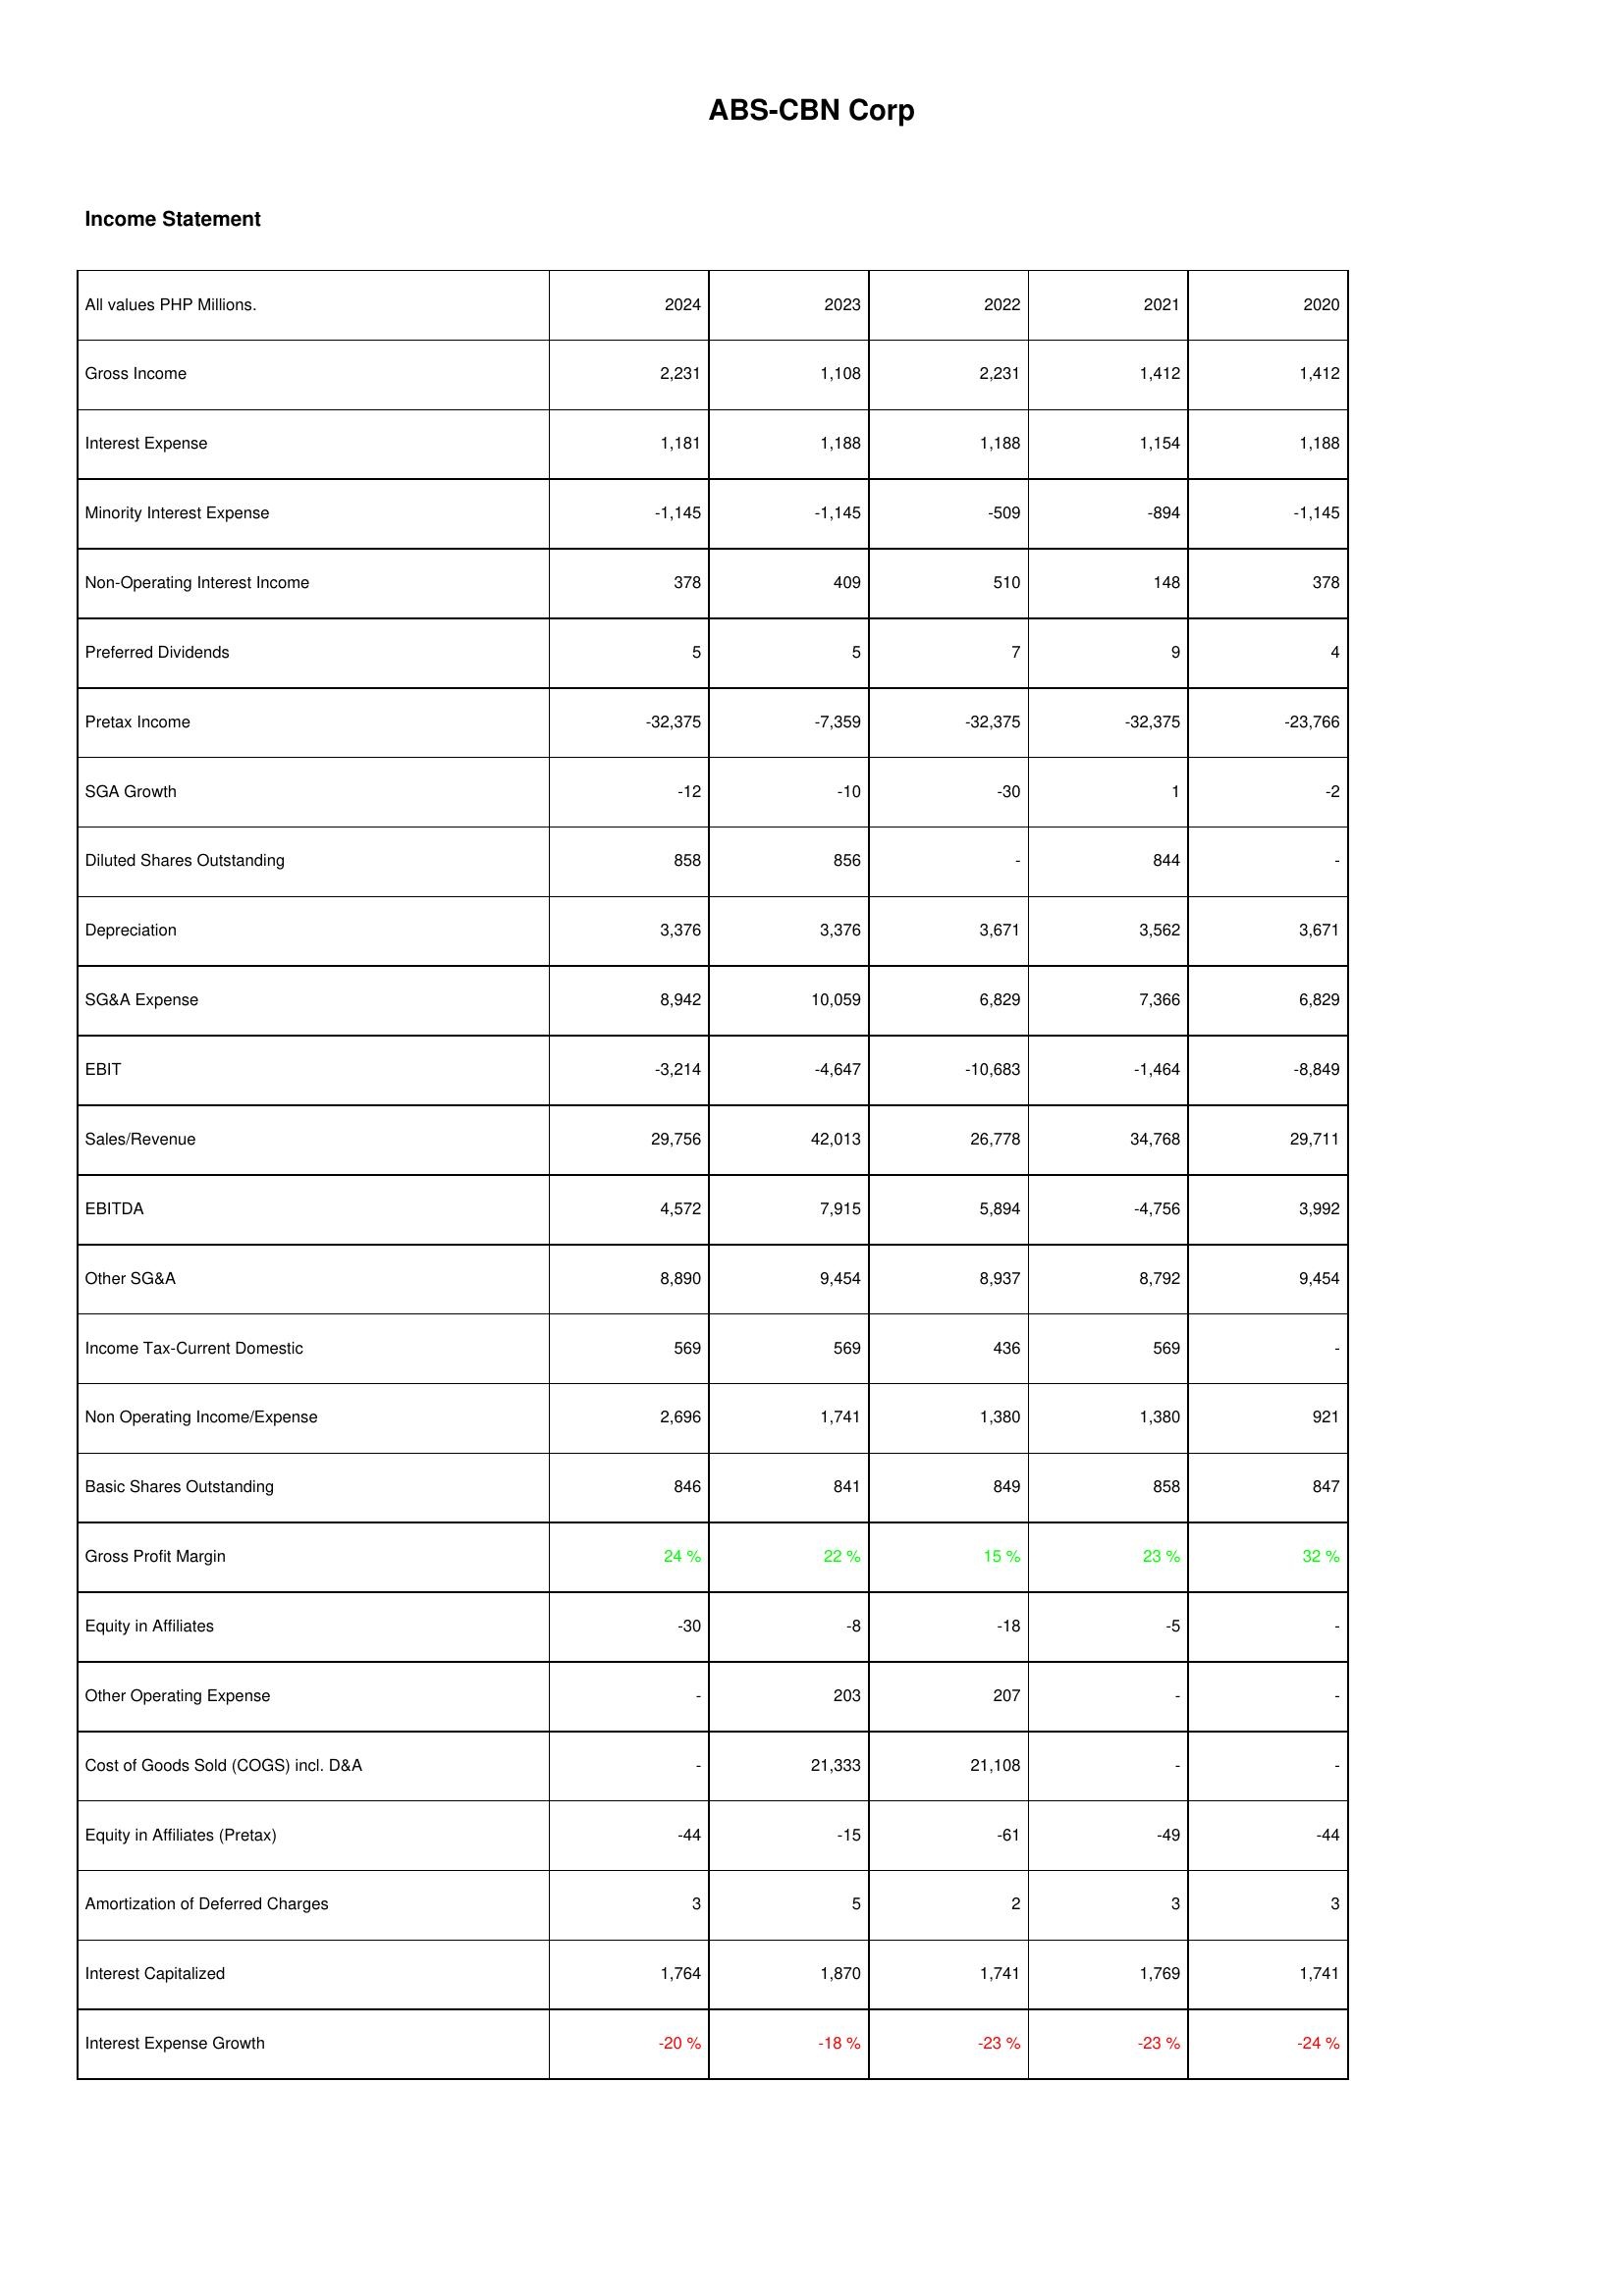
2024: Income Statement: Gross Income: 2,231
Interest Expense: 1,181
Minority Interest Expense: -1,145
Non-Operating Interest Income: 378
Preferred Dividends: 5
Pretax Income: -32,375
SGA Growth: -12
Diluted Shares Outstanding: 858
Depreciation: 3,376
SG&A Expense: 8,942
EBIT: -3,214
Sales/Revenue: 29,756
EBITDA: 4,572
Other SG&A: 8,890
Income Tax-Current Domestic: 569
Non Operating Income/Expense: 2,696
Basic Shares Outstanding: 846
Gross Profit Margin: 24 %
Equity in Affiliates: -30
Other Operating Expense: -
Cost of Goods Sold (COGS) incl. D&A: -
Equity in Affiliates (Pretax): -44
Amortization of Deferred Charges: 3
Interest Capitalized: 1,764
Interest Expense Growth: -20 %
2023: Income Statement: Gross Income: 1,108
Interest Expense: 1,188
Minority Interest Expense: -1,145
Non-Operating Interest Income: 409
Preferred Dividends: 5
Pretax Income: -7,359
SGA Growth: -10
Diluted Shares Outstanding: 856
Depreciation: 3,376
SG&A Expense: 10,059
EBIT: -4,647
Sales/Revenue: 42,013
EBITDA: 7,915
Other SG&A: 9,454
Income Tax-Current Domestic: 569
Non Operating Income/Expense: 1,741
Basic Shares Outstanding: 841
Gross Profit Margin: 22 %
Equity in Affiliates: -8
Other Operating Expense: 203
Cost of Goods Sold (COGS) incl. D&A: 21,333
Equity in Affiliates (Pretax): -15
Amortization of Deferred Charges: 5
Interest Capitalized: 1,870
Interest Expense Growth: -18 %
2022: Income Statement: Gross Income: 2,231
Interest Expense: 1,188
Minority Interest Expense: -509
Non-Operating Interest Income: 510
Preferred Dividends: 7
Pretax Income: -32,375
SGA Growth: -30
Diluted Shares Outstanding: -
Depreciation: 3,671
SG&A Expense: 6,829
EBIT: -10,683
Sales/Revenue: 26,778
EBITDA: 5,894
Other SG&A: 8,937
Income Tax-Current Domestic: 436
Non Operating Income/Expense: 1,380
Basic Shares Outstanding: 849
Gross Profit Margin: 15 %
Equity in Affiliates: -18
Other Operating Expense: 207
Cost of Goods Sold (COGS) incl. D&A: 21,108
Equity in Affiliates (Pretax): -61
Amortization of Deferred Charges: 2
Interest Capitalized: 1,741
Interest Expense Growth: -23 %
2021: Income Statement: Gross Income: 1,412
Interest Expense: 1,154
Minority Interest Expense: -894
Non-Operating Interest Income: 148
Preferred Dividends: 9
Pretax Income: -32,375
SGA Growth: 1
Diluted Shares Outstanding: 844
Depreciation: 3,562
SG&A Expense: 7,366
EBIT: -1,464
Sales/Revenue: 34,768
EBITDA: -4,756
Other SG&A: 8,792
Income Tax-Current Domestic: 569
Non Operating Income/Expense: 1,380
Basic Shares Outstanding: 858
Gross Profit Margin: 23 %
Equity in Affiliates: -5
Other Operating Expense: -
Cost of Goods Sold (COGS) incl. D&A: -
Equity in Affiliates (Pretax): -49
Amortization of Deferred Charges: 3
Interest Capitalized: 1,769
Interest Expense Growth: -23 %
2020: Income Statement: Gross Income: 1,412
Interest Expense: 1,188
Minority Interest Expense: -1,145
Non-Operating Interest Income: 378
Preferred Dividends: 4
Pretax Income: -23,766
SGA Growth: -2
Diluted Shares Outstanding: -
Depreciation: 3,671
SG&A Expense: 6,829
EBIT: -8,849
Sales/Revenue: 29,711
EBITDA: 3,992
Other SG&A: 9,454
Income Tax-Current Domestic: -
Non Operating Income/Expense: 921
Basic Shares Outstanding: 847
Gross Profit Margin: 32 %
Equity in Affiliates: -
Other Operating Expense: -
Cost of Goods Sold (COGS) incl. D&A: -
Equity in Affiliates (Pretax): -44
Amortization of Deferred Charges: 3
Interest Capitalized: 1,741
Interest Expense Growth: -24 %